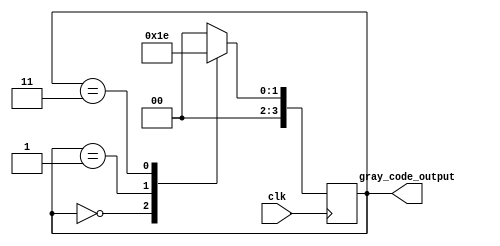
module gray_code_ring_counter 
   #(
      parameter NUM_STATES = 4
   )
   (
      input wire clk,
      output reg [NUM_STATES-1:0] gray_code_output
   );
   
   always @ (posedge clk) begin
      case(gray_code_output)
         0: gray_code_output <= 1; // Initial state
         1: gray_code_output <= 3;
         2: gray_code_output <= 0;
         3: gray_code_output <= 2; // Final state
         default: gray_code_output <= 0;
      endcase
   end
endmodule